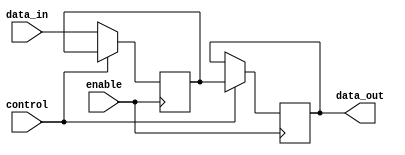
module bidirectional_buffer (
    input wire [7:0] data_in,
    output reg [7:0] data_out,
    input control,
    input enable
);

reg [7:0] buffer;

always @ (posedge enable) begin
    if (control) begin
        data_out <= buffer;
    end else begin
        buffer <= data_in;
    end
end

endmodule